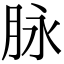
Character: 脉